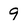
Character: 9